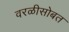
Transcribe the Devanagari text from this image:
वरळीसोबत